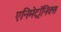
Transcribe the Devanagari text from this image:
एनिमेट्रॉनिक्स